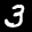
Label: 3